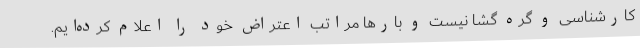
کارشناسی و گره گشا نیست و بارها مراتب اعتراض خود را اعلام کرده‌ایم.